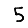
Digit: 5